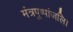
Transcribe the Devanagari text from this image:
मंत्रपुष्पांजलि।